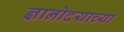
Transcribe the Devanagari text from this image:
ज्ञानोदयाच्या